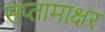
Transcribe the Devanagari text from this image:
सप्तामाक्षर